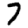
Digit: 7